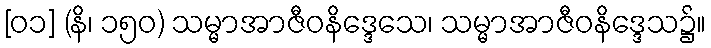
[၀၁] (နိ၊ ၁၅၀) သမ္မာအာဇီဝနိဒ္ဒေသေ၊ သမ္မာအာဇီဝနိဒ္ဒေသ၌။